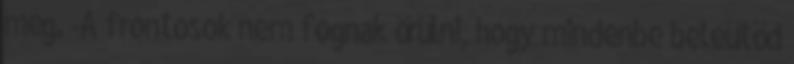
még. -A frontosok nem fognak örülni, hogy mindenbe beleütöd